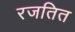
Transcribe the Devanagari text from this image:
रजतित